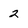
Character: 2